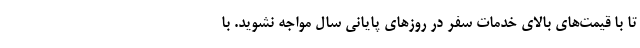
تا با قیمت‌های بالای خدمات سفر در روزهای پایانی سال مواجه نشوید. با